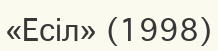
«Есіл» (1998)